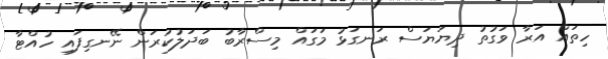
ހިތައް އަރާ ވަގުތު ދިޔަޔަސް ރަނގަޅު މަގައް މިސްރާބު ބަދަލުކުރަން ނޭނގިފައި ހުއްޓާ